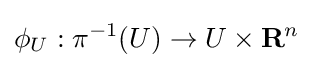
\phi _{U}:\pi ^{-1}(U)\to U\times \mathbf {R} ^{n}